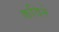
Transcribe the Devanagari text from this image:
कविने